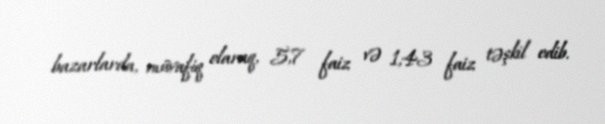
bazarlarda, müvafiq olaraq, 5,7 faiz və 1,43 faiz təşkil edib.